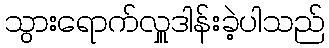
သွားရောက်လှူဒါန်းခဲ့ပါသည်